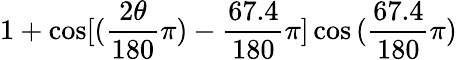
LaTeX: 1+\cos[{(\frac{2\theta}{180}\pi)-\frac{67.4}{180}\pi}]\cos{(\frac{67.4}{180}\pi)}